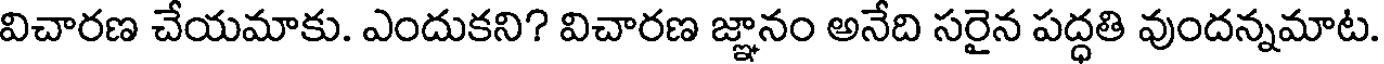
విచారణ చేయమాకు. ఎందుకని? విచారణ జ్ఞానం అనేది సరైన పద్ధతి వుందన్నమాట